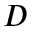
D